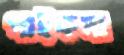
পাইকসা